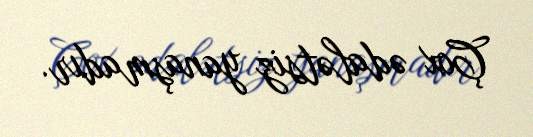
Çox ədalətsiz yanaşmadır.